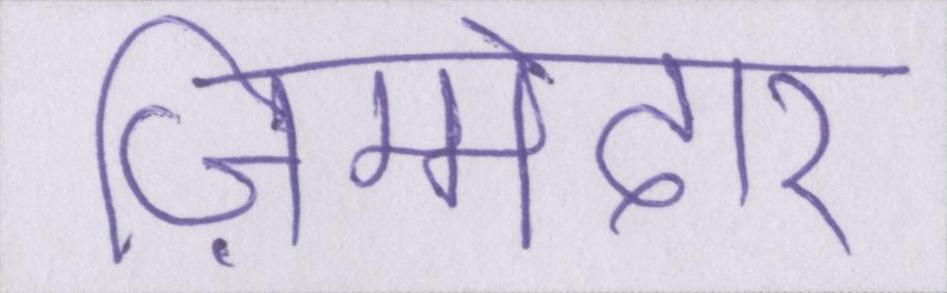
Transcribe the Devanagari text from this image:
ज़िम्मेदार